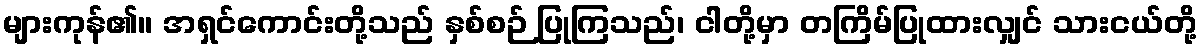
များကုန်၏။ အရှင်ကောင်းတို့သည် နှစ်စဉ် ပြုကြသည်၊ ငါတို့မှာ တကြိမ်ပြုထားလျှင် သားငယ်တို့